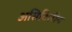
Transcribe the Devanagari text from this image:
असिटिलीन